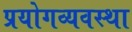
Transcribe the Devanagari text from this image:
प्रयोगव्यवस्था